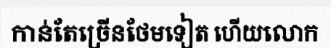
កាន់តែច្រើនថែមទៀត ហើយលោក